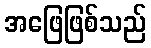
အဖြေဖြစ်သည်